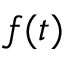
f ( t )